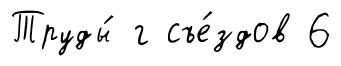
Труды́ г съе́здов 6